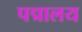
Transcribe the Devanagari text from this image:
पद्मालय